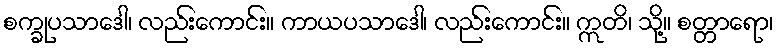
စက္ခုပသာဒေါ၊ လည်းကောင်း။ ကာယပသာဒေါ၊ လည်းကောင်း။ ဣတိ၊ သို့။ စတ္တာရော၊